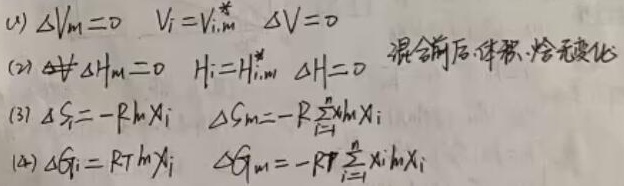
(1) $\Delta V_{m}=0\quad V_{i}=V_{i,m}^{*}\quad\Delta V = 0$
(2) $\Delta H_{m}=0\quad H_{i}=H_{i,m}^{*}\quad\Delta H = 0$ ，混合前后, 体积、焓无变化
(3) $\Delta S_{i}=-R\ln x_{i}\quad\Delta S_{m}=-R\sum_{i = 1}^{n}x_{i}\ln x_{i}$
(4) $\Delta G_{i}=RT\ln x_{i}\quad\Delta G_{m}=-RT\sum_{i = 1}^{n}x_{i}\ln x_{i}$